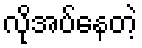
လိုအပ်နေတဲ့